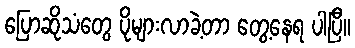
ပြောဆိုသံတွေ ပိုများလာခဲ့တာ တွေ့နေရ ပါပြီ။